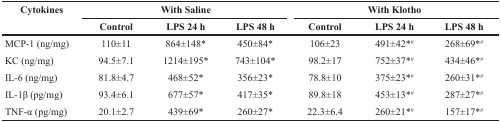
<table><thead><tr><td><b>Cytokines</b></td><td colspan="3"><b>With Saline</b></td><td colspan="3"><b>With Klotho</b></td></tr><tr><td></td><td><b>Control</b></td><td><b>LPS 24 h</b></td><td><b>LPS 48 h</b></td><td><b>Control</b></td><td><b>LPS 24 h</b></td><td><b>LPS 48 h</b></td></tr></thead><tbody><tr><td>MCP-1 (ng/mg)</td><td>110±11</td><td>864±148*</td><td>450±84*</td><td>106±23</td><td>491±42*<sup>#</sup></td><td>268±69*<sup>#</sup></td></tr><tr><td>KC (ng/mg)</td><td>94.5±7.1</td><td>1214±195*</td><td>743±104*</td><td>98.2±17</td><td>752±37*<sup>#</sup></td><td>434±46*<sup>#</sup></td></tr><tr><td>IL-6 (ng/mg)</td><td>81.8±4.7</td><td>468±52*</td><td>356±23*</td><td>78.8±10</td><td>375±23*<sup>#</sup></td><td>260±31*<sup>#</sup></td></tr><tr><td>IL-1β (pg/mg)</td><td>93.4±6.1</td><td>677±57*</td><td>417±35*</td><td>89.8±18</td><td>453±13*<sup>#</sup></td><td>287±27*<sup>#</sup></td></tr><tr><td>TNF-α (pg/mg)</td><td>20.1±2.7</td><td>439±69*</td><td>260±27*</td><td>22.3±6.4</td><td>260±21*<sup>#</sup></td><td>157±17*<sup>#</sup></td></tr></tbody></table>